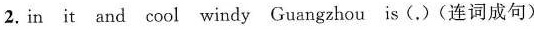
2. in it and cool windy Guangzhou is ( . ) (连词成句)